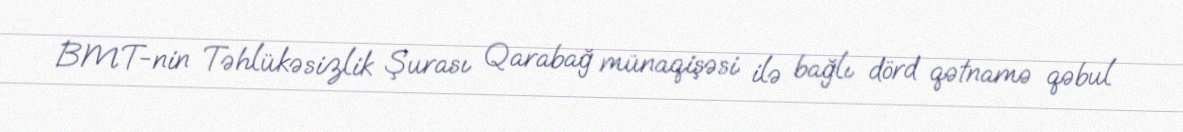
BMT-nin Təhlükəsizlik Şurası Qarabağ münaqişəsi ilə bağlı dörd qətnamə qəbul